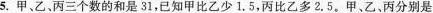
5.甲、乙、丙三个数的和是31，已知甲比乙少1.5，丙比乙多2.5.甲、乙、丙分别是